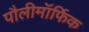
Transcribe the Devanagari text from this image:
पौलीमॉर्फिक